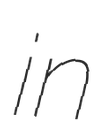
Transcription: in